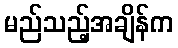
မည်သည့်အချိန်က